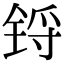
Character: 锊